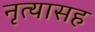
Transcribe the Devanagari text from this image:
नृत्यासह